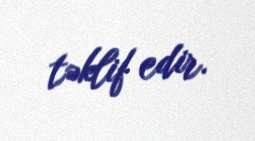
təklif edir.